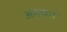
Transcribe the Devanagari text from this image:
अगमन